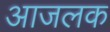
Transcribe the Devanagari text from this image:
आजलक